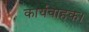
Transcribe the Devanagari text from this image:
कार्यवाहक।